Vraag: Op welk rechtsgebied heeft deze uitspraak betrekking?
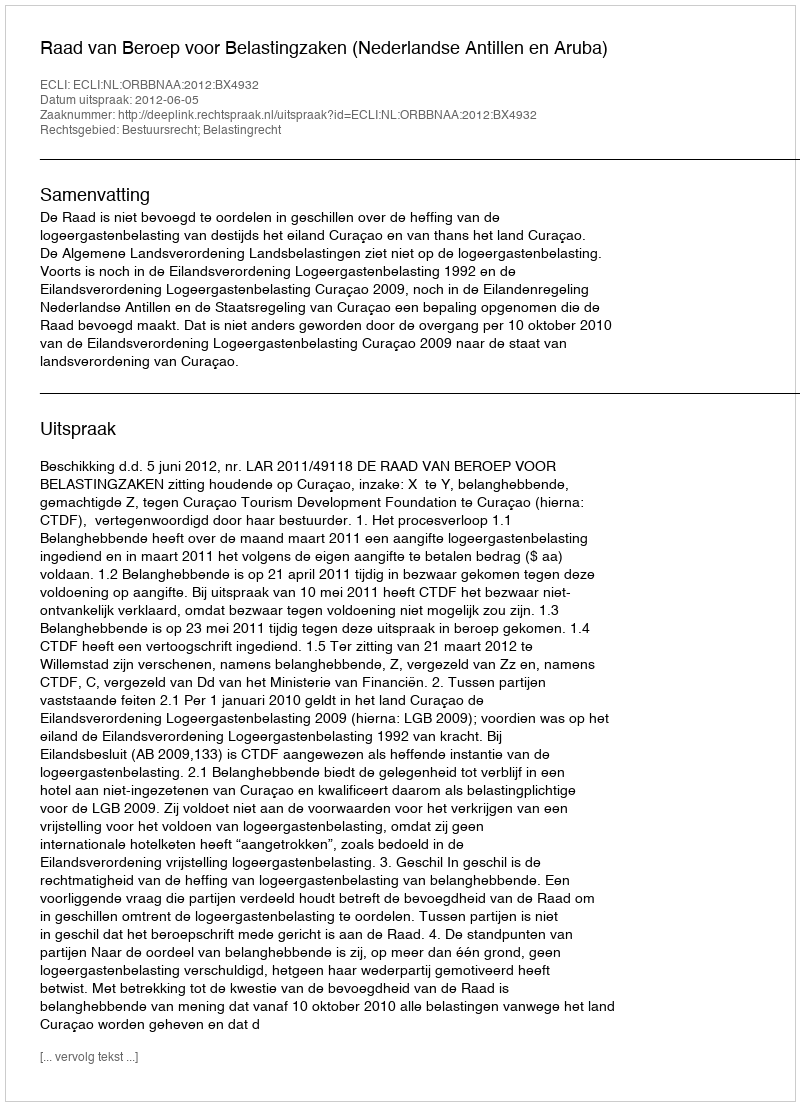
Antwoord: Bestuursrecht; Belastingrecht